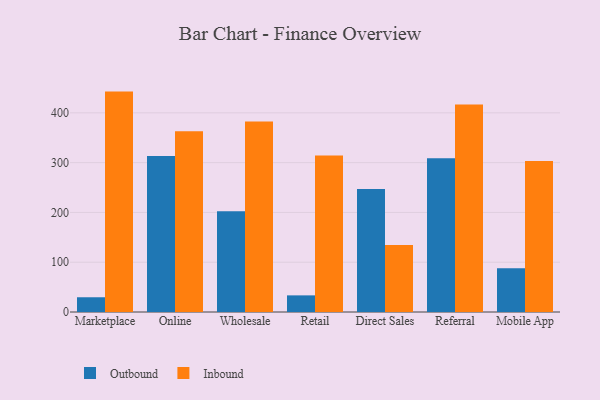
{"axis": {"x": "Channel", "y": "Latency (ms)"}, "legend": ["Inbound", "Outbound"], "data": [{"x": "Marketplace", "y": 29.6, "type": "Outbound"}, {"x": "Marketplace", "y": 442.7, "type": "Inbound"}, {"x": "Online", "y": 313.1, "type": "Outbound"}, {"x": "Online", "y": 363.2, "type": "Inbound"}, {"x": "Wholesale", "y": 202.2, "type": "Outbound"}, {"x": "Wholesale", "y": 382.8, "type": "Inbound"}, {"x": "Retail", "y": 33.4, "type": "Outbound"}, {"x": "Retail", "y": 314.3, "type": "Inbound"}, {"x": "Direct Sales", "y": 247.3, "type": "Outbound"}, {"x": "Direct Sales", "y": 134.6, "type": "Inbound"}, {"x": "Referral", "y": 309.0, "type": "Outbound"}, {"x": "Referral", "y": 416.9, "type": "Inbound"}, {"x": "Mobile App", "y": 87.8, "type": "Outbound"}, {"x": "Mobile App", "y": 303.2, "type": "Inbound"}]}